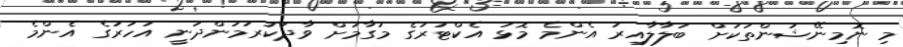
މި ނޮމިނޭޝަންތަކަށް ބަލާލާއިރު އެންމެ މޮޅު އެކްޓަރުގެ މަގާމަށް ވާދަކުރަމުންދަނީ އަހަރުގެ އެންމެ